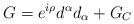
LaTeX: \begin{align*}G = e^{i\rho}d^{\alpha}d_{\alpha} + G_{C}\end{align*}